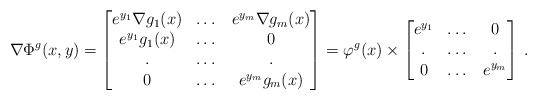
\begin{align*}\nabla \Phi^g(x,y)=\begin{bmatrix} e^{y_1}\nabla g_1(x)& \dots& e^{y_m}\nabla g_m(x)\\ e^{y_1}g_1(x)&\dots&0\\ .&\dots&.\\ 0&\dots&e^{y_m}g_m(x) \end{bmatrix}=\varphi^g(x) \times \begin{bmatrix} e^{y_1}& \dots& 0\\ .&\dots&.\\ 0&\dots&e^{y_m} \end{bmatrix}\,.\end{align*}